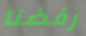
رفضنا